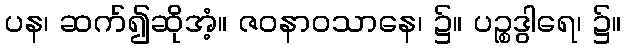
ပန၊ ဆက်၍ဆိုအံ့။ ဇဝနာဝသာနေ၊ ၌။ ပဉ္စဒွါရေ၊ ၌။